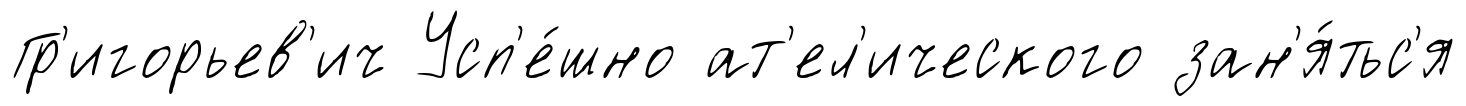
Гр'игорьев'ич Усп'е́шно ат'ел'ического зан'я́тьс'я